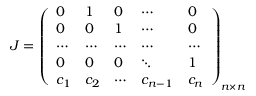
J = \left( \begin{array} { l l l l l } { 0 } & { 1 } & { 0 } & { \cdots } & { 0 } \\ { 0 } & { 0 } & { 1 } & { \cdots } & { 0 } \\ { \cdots } & { \cdots } & { \cdots } & { \cdots } & { \cdots } \\ { 0 } & { 0 } & { 0 } & { \ddots } & { 1 } \\ { c _ { 1 } } & { c _ { 2 } } & { \cdots } & { c _ { n - 1 } } & { c _ { n } } \end{array} \right) _ { n \times n }